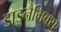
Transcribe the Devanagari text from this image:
डाइनैमिक्स